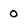
Character: 0